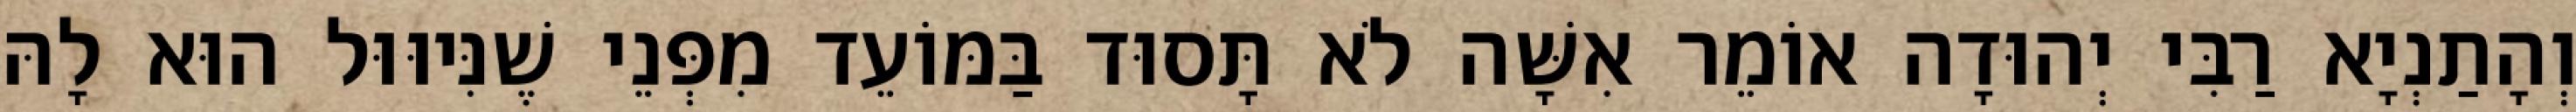
וְהָתַנְיָא רַבִּי יְהוּדָה אוֹמֵר אִשָּׁה לֹא תָּסוּד בַּמּוֹעֵד מִפְּנֵי שֶׁנִּיוּוּל הוּא לָהּ